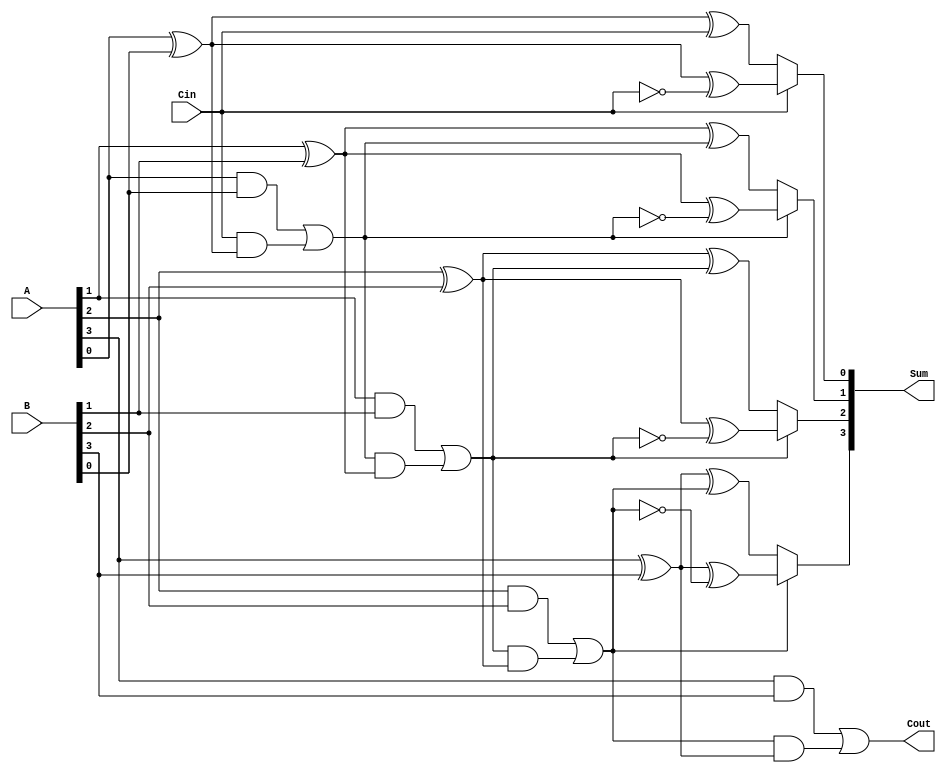
module HanCarlsonAdder #(parameter N = 4) (
    input  wire [N-1:0] A,
    input  wire [N-1:0] B,
    input  wire Cin,
    output wire [N-1:0] Sum,
    output wire Cout
);

    // Internal wires
    wire [N:0] C; // Carry wires (N+1 for carry out)
    wire [N-1:0] S0, S1; // Sum outputs when carry-in is 0 and 1
    
    // Generate the carry-out for each block
    genvar i;
    generate
        for (i = 0; i < N; i = i + 1) begin : adder_block
            // Sum outputs for carry-in 0 and 1
            assign S0[i] = A[i] ^ B[i] ^ C[i]; // S when carry-in = 0
            assign S1[i] = A[i] ^ B[i] ^ (1'b1 ^ C[i]); // S when carry-in = 1
            
            // Carry generation logic:
            assign C[i+1] = (A[i] & B[i]) | (C[i] & (A[i] ^ B[i]));
        end
    endgenerate

    // The carry-in for the first block
    assign C[0] = Cin;

    // MUX to select between S0 and S1 based on the carry-out
    generate
        for (i = 0; i < N; i = i + 1) begin : mux_select
            assign Sum[i] = C[i] ? S1[i] : S0[i]; // Select between S0 and S1
        end
    endgenerate

    // Final carry-out
    assign Cout = C[N];

endmodule